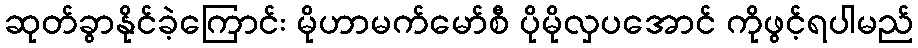
ဆုတ်ခွာနိုင်ခဲ့ကြောင်း မိုဟာမက်မော်စီ ပိုမိုလှပအောင် ကိုဖွင့်ရပါမည်